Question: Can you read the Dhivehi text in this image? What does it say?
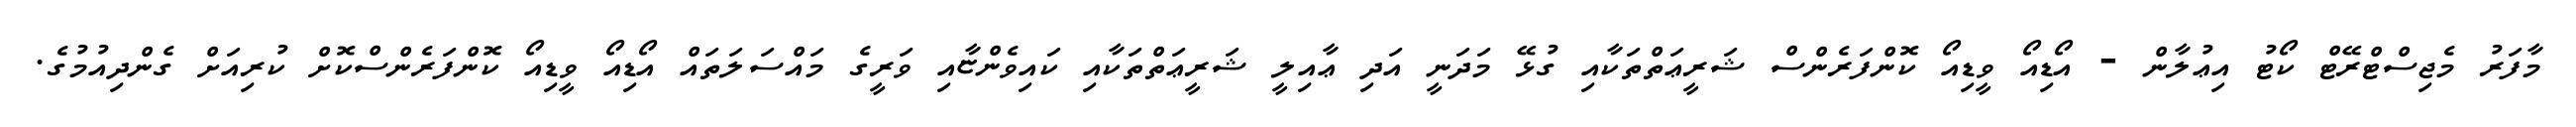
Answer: މާފަރު މެޖިސްޓްރޭޓް ކޯޓު އިޢުލާން - އޯޑިއޯ ވީޑިއޯ ކޮންފަރެންސް ޝަރީޢަތްތަކާއި ގުޅޭ މަދަނީ އަދި ޢާއިލީ ޝަރީޢަތްތަކާއި ކައިވެންޏާއި ވަރީގެ މައްސަލަތައް އޯޑިއޯ ވީޑިއޯ ކޮންފަރެންސްކޮށް ކުރިއަށް ގެންދިއުމުގެ.